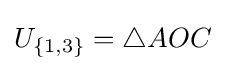
U_{\{1,3\}}=\triangle AOC